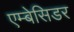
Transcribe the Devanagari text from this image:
एम्बेसिडर